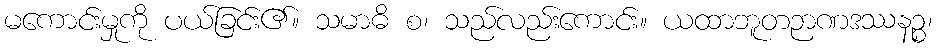
မကောင်းမှုကို ပယ်ခြင်း၏။ သမာဓိ စ၊ သည်လည်းကောင်း။ ယထာဘူတဉာဏဒဿနဉ္စ၊